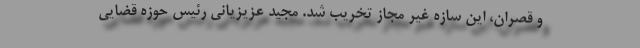
و قصران، این سازه غیر مجاز تخریب شد. مجید عزیزیانی رئیس حوزه قضایی